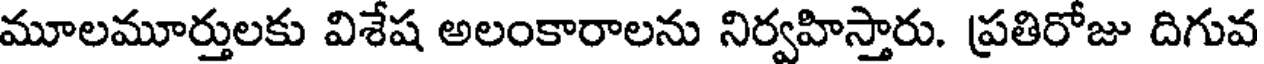
మూలమూర్తులకు విశేష అలంకారాలను నిర్వహిస్తారు. ప్రతిరోజు దిగువ